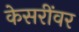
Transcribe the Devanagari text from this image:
केसरींवर